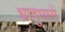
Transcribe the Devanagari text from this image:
धातुभस्में